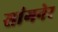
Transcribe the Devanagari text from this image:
सांगनेर